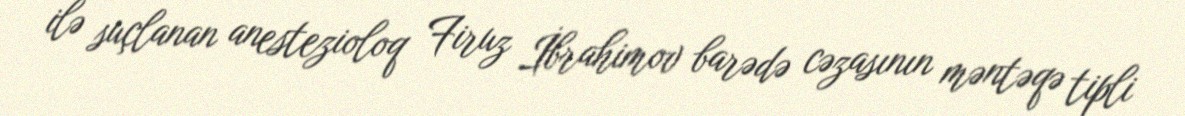
ilə suçlanan anestezioloq Firuz İbrahimov barədə cəzasının məntəqə tipli